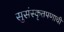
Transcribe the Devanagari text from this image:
सुसंस्कृतपणाची